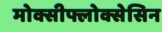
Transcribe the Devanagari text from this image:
मोक्सीफ्लोक्सेसिन